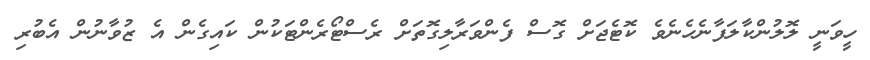
ހީވަނީ ލޮލުންކާލަފާނެހެނެވެ ކޮޓެޖަށް ގޮސް ފެންވަރާލިގޮތަށް ރެސްޓޯރެންޓަކުން ކައިގެން އެ ޒުވާނުން އެބުރި